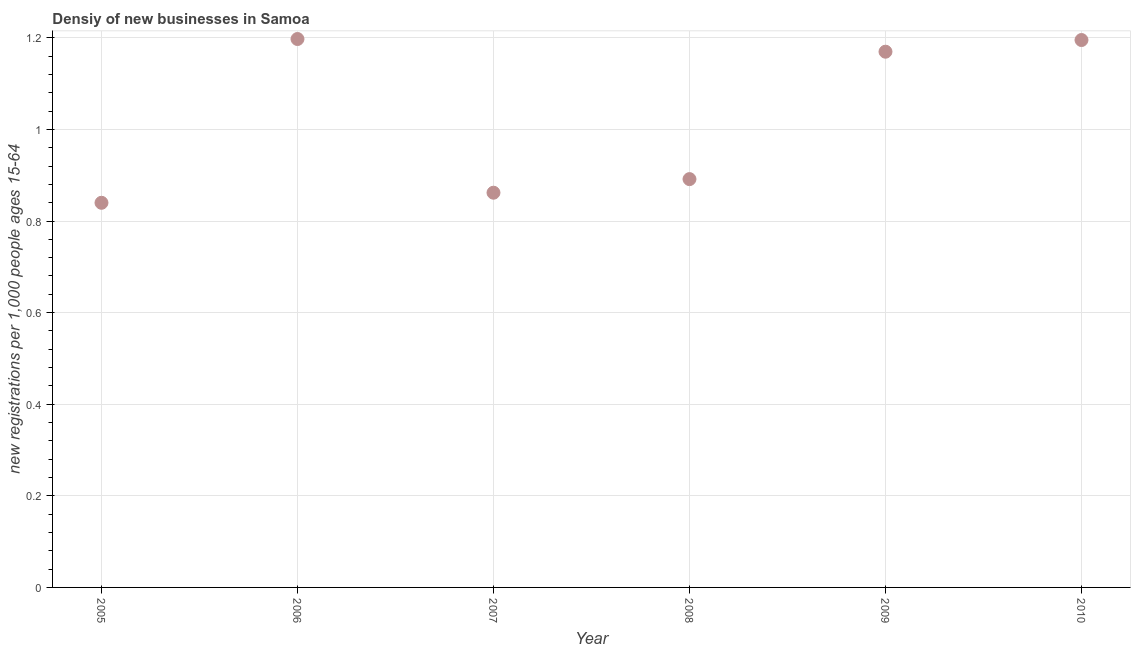
| Year | New business density |
 | --- | --- |
 | 2005 | 0.84 |
 | 2006 | 1.2 |
 | 2007 | 0.862 |
 | 2008 | 0.891 |
 | 2009 | 1.17 |
 | 2010 | 1.2 |